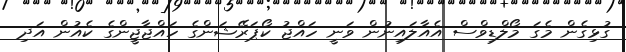
ގުޅިގެން މެގަ މޯލްޑިވްސް އެއާލައިނުން ވަނީ ހައްޖު ކޯޕަރޭޝަންގެ ހައްޖާޖީންގެ ކެއުން އަދި